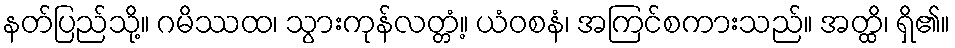
နတ်ပြည်သို့။ ဂမိဿထ၊ သွားကုန်လတ္တံ့။ ယံဝစနံ၊ အကြင်စကားသည်။ အတ္ထိ၊ ရှိ၏။